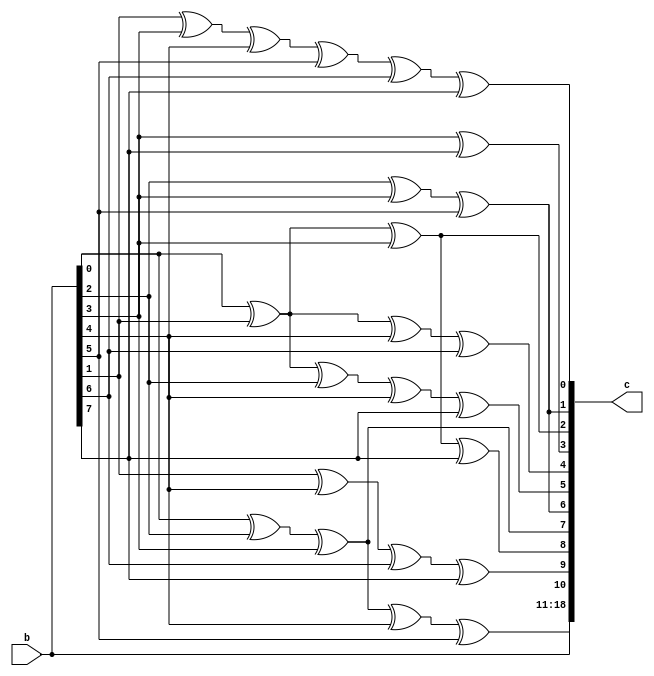
module encoder (b,c);
	output [18:0] c;

	input [7:0] b;

	reg [18:0] c;

	always @(b)
	begin
		c[18] = b[7];
		c[17] = b[6];
		c[16] = b[5];
		c[15] = b[4];
		c[14] = b[3];
		c[13] = b[2];
		c[12] = b[1];
		c[11] = b[0];
		c[10] = b[0] ^ b[2] ^ b[3] ^ b[4] ^ b[5];
		c[9] = b[1] ^ b[4] ^ b[6] ^ b[7];
		c[8] = b[0] ^ b[1] ^ b[3] ^ b[7];
		c[7] = b[0] ^ b[2] ^ b[3];
		c[6] = b[2] ^ b[3] ^ b[5];
		c[5] = b[0] ^ b[1] ^ b[2] ^ b[4] ^ b[7];
		c[4] = b[0] ^ b[1] ^ b[4] ^ b[6];
		c[3] = b[3] ^ b[7];
		c[2] = b[0] ^ b[1] ^ b[3];
		c[1] = b[2] ^ b[3] ^ b[5];
		c[0] = b[1] ^ b[3] ^ b[4] ^ b[5] ^ b[6] ^ b[7];
	end
endmodule